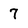
Character: 7